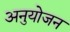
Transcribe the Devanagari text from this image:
अनुयोजन